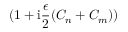
( 1 + \mathrm { i } \frac { \epsilon } { 2 } ( C _ { n } + C _ { m } ) )